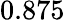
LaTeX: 0.875